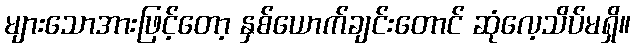
များသောအားဖြင့်တော့ နှစ်ယောက်ချင်းတောင် ဆုံလေ့သိပ်မရှိ။